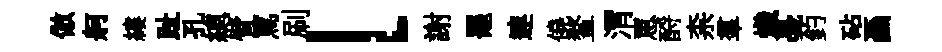
倣舸縷趾孔總臂罵刷l謝罷連僥鳌渭罳酹柰羣熾戞釣砧画